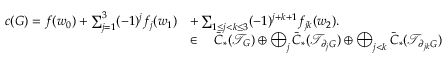
\begin{array} { r l } { c ( G ) = f ( w _ { 0 } ) + \sum _ { j = 1 } ^ { 3 } ( - 1 ) ^ { j } f _ { j } ( w _ { 1 } ) } & { + \sum _ { 1 \leq j < k \leq 3 } ( - 1 ) ^ { j + k + 1 } f _ { j k } ( w _ { 2 } ) . } \\ & { \in \quad \bar { C } _ { * } ( \mathcal { T } _ { G } ) \oplus \bigoplus _ { j } \bar { C } _ { * } ( \mathcal { T } _ { \partial _ { j } G } ) \oplus \bigoplus _ { j < k } \bar { C } _ { * } ( \mathcal { T } _ { \partial _ { j k } G } ) } \end{array}